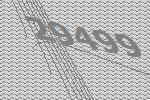
29499